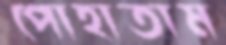
পোহাতাম